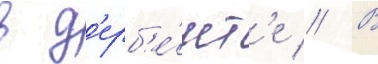
в д'ерб'е́нт'е // В